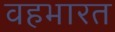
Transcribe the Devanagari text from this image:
वहभारत